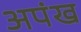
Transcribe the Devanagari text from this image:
अपंख